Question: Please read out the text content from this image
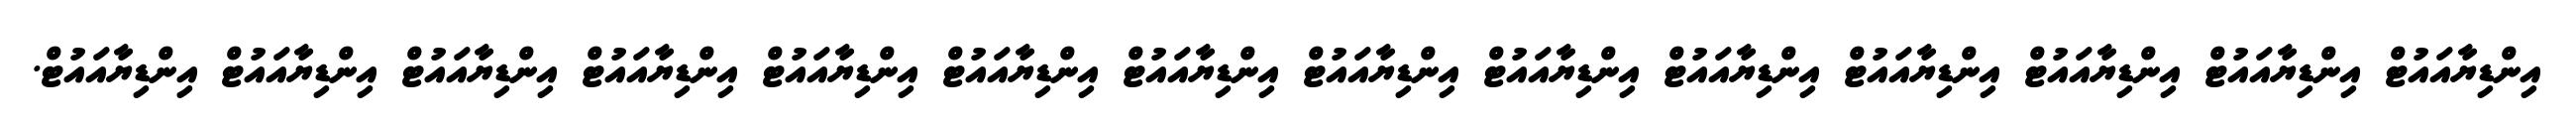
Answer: އިންޑިޔާއައުޓް އިންޑިޔާއައުޓް އިންޑިޔާއައުޓް އިންޑިޔާއައުޓް އިންޑިޔާއައުޓް އިންޑިޔާއައުޓް އިންޑިޔާއައުޓް އިންޑިޔާއައުޓް އިންޑިޔާއައުޓް އިންޑިޔާއައުޓް އިންޑިޔާއައުޓް އިންޑިޔާއައުޓް އިންޑިޔާއައުޓް އިންޑިޔާއައުޓް.